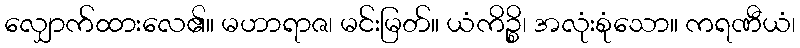
လျှောက်ထားလေ၏။ မဟာရာဇ၊ မင်းမြတ်။ ယံကိဉ္စိ၊ အလုံးစုံသော။ ကရဏီယံ၊